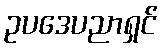
ဥပဒေပညာရှင်